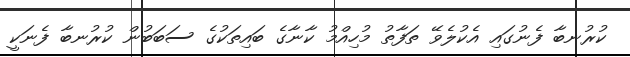
ކުރުނބާ ފެނުގައި އެކުލެވޭ ތަފާތު މުހިއްމު ކާނާގެ ބައިތަކުގެ ސަބަބުން ކުރުނބާ ފެނަކީ